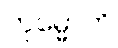
ကုမ္မောတိ